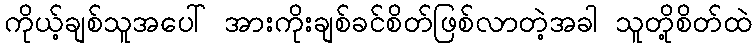
ကိုယ့်ချစ်သူအပေါ် အားကိုးချစ်ခင်စိတ်ဖြစ်လာတဲ့အခါ သူတို့စိတ်ထဲ